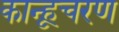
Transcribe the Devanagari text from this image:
कान्हूचरण